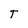
Character: T